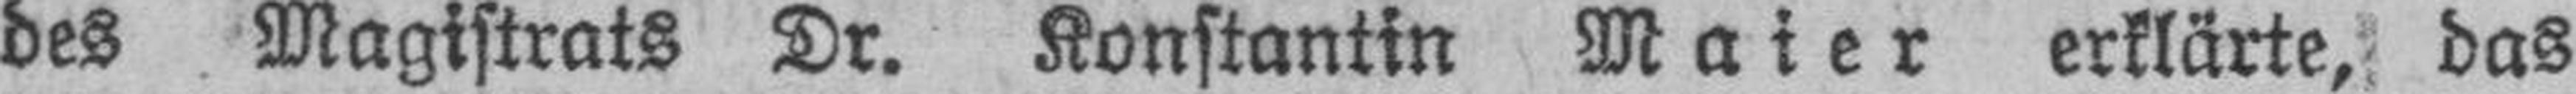
des Magistrats Dr. Konstantin Maier erklärte, das